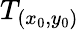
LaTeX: T_{(x_{0},y_{0})}